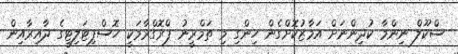
ސްކޫލް ނިންމާ ކުދިންނަށް އަމާޒުކޮށްގެން ހިންގި މި ތަމްރީނު ޕްރޮގްރާމަކީ ހޮސްޕިޓަލިޓީގެ ދާއިރާއިން